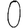
Digit: 0